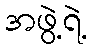
အဖွဲ့ရဲ့